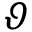
\vartheta